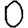
Digit: 0